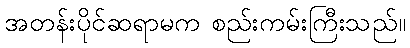
အတန်းပိုင်ဆရာမက စည်းကမ်းကြီးသည်။